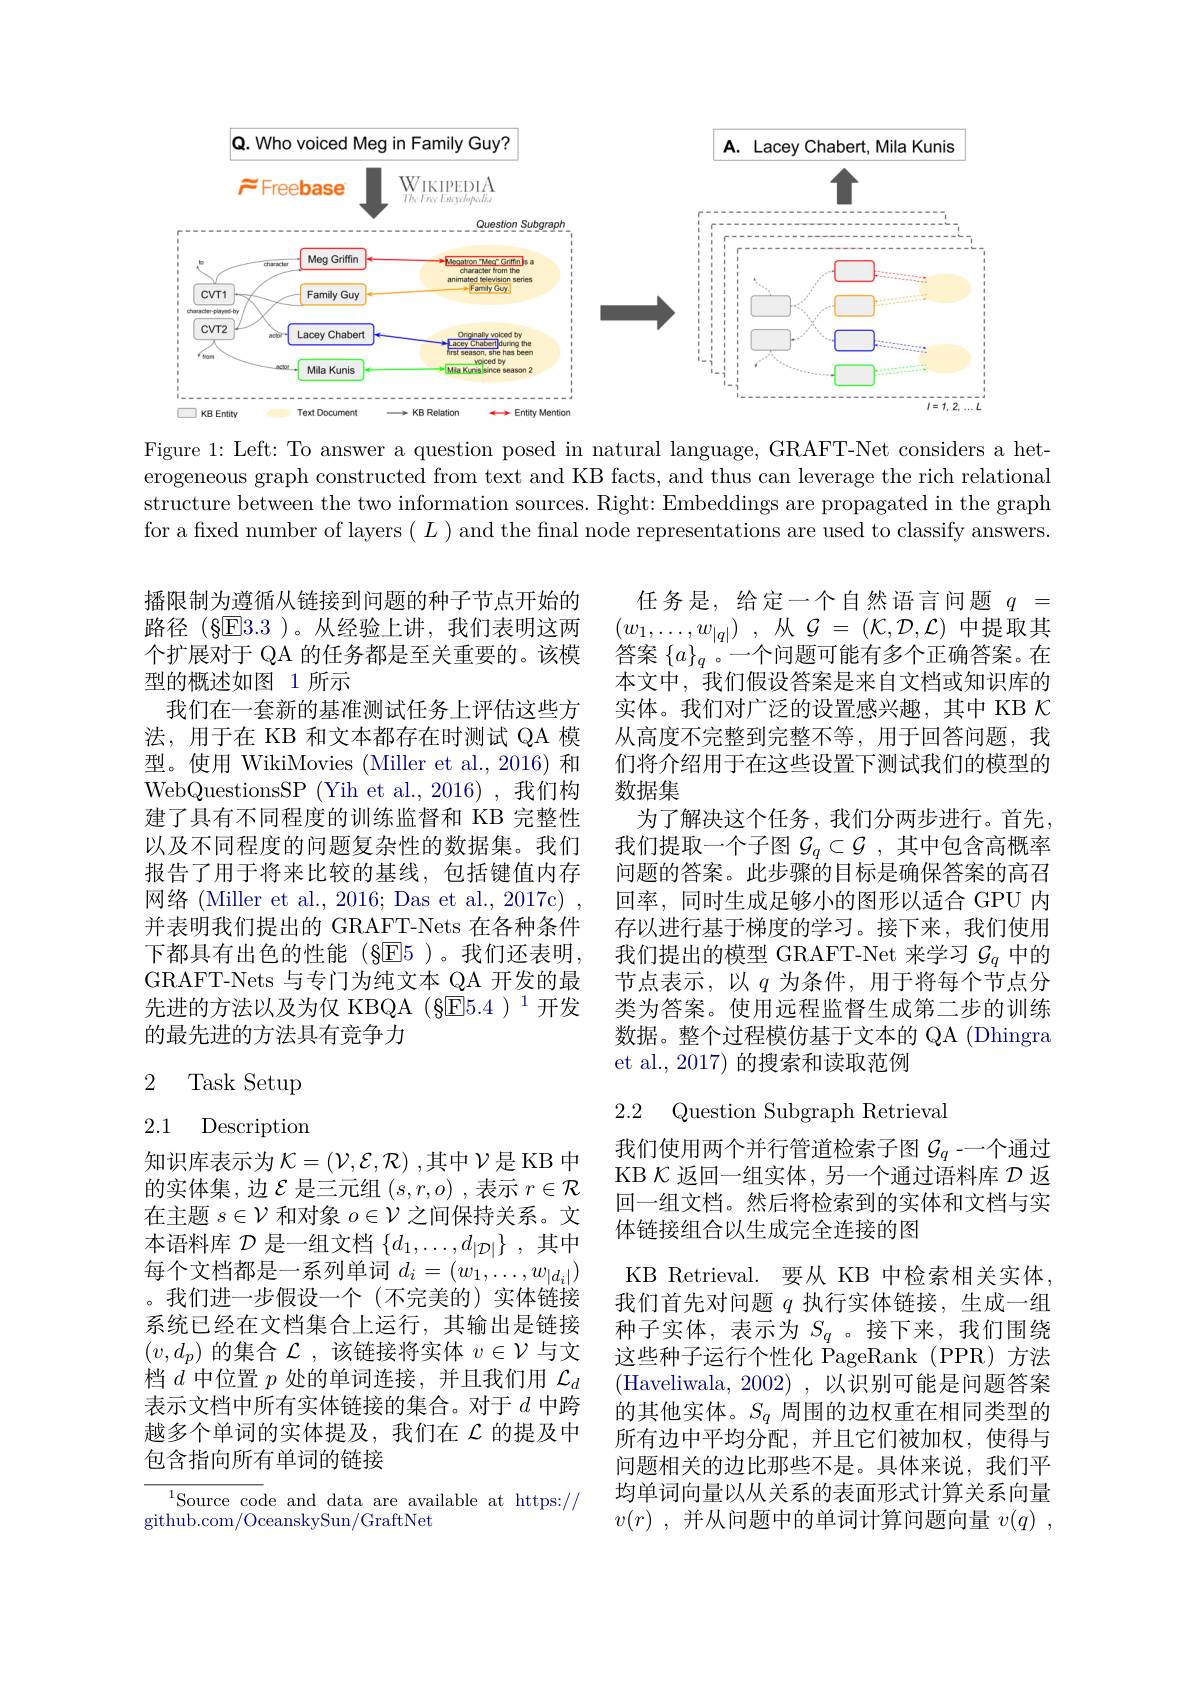
<FigureHere>

Figure 1: Left: To answer a question posed in natural language, GRAFT-Net considers a heterogeneous graph constructed from text and KB facts, and thus can leverage the rich relational structure between the two information sources. Right: Embeddings are propagated in the graph for a fixed number of layers $(L)$ and the final node representations are used to classify answers.

播限制为遵循从链接到问题的种子节点开始的路径 (§E3.3 )。从经验上讲，我们表明这两个扩展对于 QA 的任务都是至关重要的。该模型的概述如图 1 所示
我们在一套新的基准测试任务上评估这些方法，用于在 KB 和文本都存在时测试 QA 模型。使用 WikiMovies (Miller et al., 2016) 和WebQuestionsSP (Yih et al., 2016) ,我们构建了具有不同程度的训练监督和 KB 完整性以及不同程度的问题复杂性的数据集。我们报告了用于将来比较的基线，包括键值内存网络 (Miller et al., 2016; Das et al., 2017c) , 并表明我们提出的 GRAFT-Nets 在各种条件下都具有出色的性能(§E5)。我们还表明， GRAFT-Nets 与专门为纯文本 QA 开发的最先进的方法以及为仅 KBQA (§回5.4 )$^1$开发的最先进的方法具有竞争力

任务是，给定一个自然语言问题$q=$ $( w_{1}, \ldots , w_{| q| })$ , 从$\mathcal{G}=(\mathcal{K},\mathcal{D},\mathcal{L})$中提取其答案$\{a\}_q$ 。一个问题可能有多个正确答案。在本文中，我们假设答案是来自文档或知识库的实体。我们对广泛的设置感兴趣，其中 KB $\kappa$ 从高度不完整到完整不等，用于回答问题，我们将介绍用于在这些设置下测试我们的模型的数据集
为了解决这个任务，我们分两步进行。首先， 我们提取一个子图$\mathcal{G}_q\subset\mathcal{G}$ ,其中包含高概率问题的答案。此步骤的目标是确保答案的高召回率，同时生成足够小的图形以适合 GPU 内存以进行基于梯度的学习。接下来，我们使用我们提出的模型 GRAFT-Net 来学习$\mathcal{G}_q$中的节点表示，以$q$ 为条件，用于将每个节点分类为答案。使用远程监督生成第二步的训练数据。整个过程模仿基于文本的 QA (Dhingra et al., 2017) 的搜索和读取范例

## 2 Task Setup

2.2 Question Subgraph Retrieval

2.1 Description

知识库表示为$\mathcal{K}=\left(\mathcal{V},\mathcal{E},\mathcal{R}\right)$,其中$\mathcal{V}$是KB 中的实体集，边$\mathcal{E}$是三元组$(s,r,o)$ ,表示$r\in\mathcal{R}$ 在主题$s\in\mathcal{V}$和对象$o\in\mathcal{V}$之间保持关系。文本语料库$\mathcal{D}$是一组文档$\{d_1,\ldots,d_{|\mathcal{D}|}\}$ ,其中每个文档都是一系列单词$d_i=(w_1,\ldots,w_{|d_i|})$ 。我们进一步假设一个(不完美的)实体链接系统已经在文档集合上运行，其输出是链接$(v,d_p)$的集合$\mathcal{L}$,该链接将实体$v\in\mathcal{V}$与文档$d$中位置$p$处的单词连接，并且我们用$\mathcal{L}_d$ 表示文档中所有实体链接的集合。对于$d$中跨越多个单词的实体提及，我们在$\mathcal{L}$的提及中包含指向所有单词的链接

我们使用两个并行管道检索子图$\mathcal{G}_q$ -一个通过KB $\mathcal{K}$返回一组实体，另一个通过语料库$\mathcal{D}$返回一组文档。然后将检索到的实体和文档与实体链接组合以生成完全连接的图
KB Retrieval. 要从 KB 中检索相关实体我们首先对问题$q$执行实体链接，生成一组种子实体，表示为$S_q$ 。接下来，我们围绕这些种子运行个性化 PageRank (PPR)方法(Haveliwala, 2002), 以识别可能是问题答案的其他实体。$S_q$周围的边权重在相同类型的所有边中平均分配，并且它们被加权，使得与问题相关的边比那些不是。具体来说，我们平均单词向量以从关系的表面形式计算关系向量$v( r)$ , 并从问题中的单词计算问题向量 $v( q)$ ,

${\overline{{\mathrm{Source~code~and~data~are~available~at~https://}}}}$
github.com/OceanskySun/GraftNet